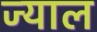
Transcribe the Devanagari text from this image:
ज्याल